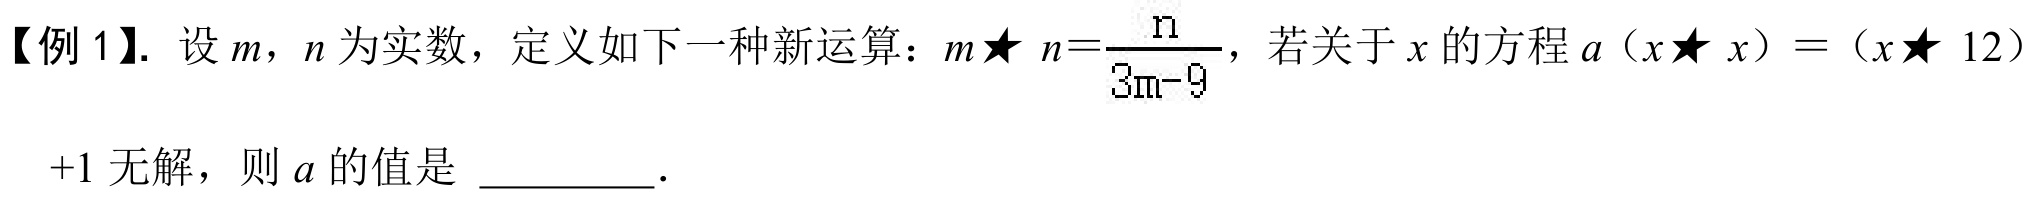
【例1】. 设\(m\)，\(n\)为实数，定义如下一种新运算：\(m★n=\frac{n}{3m - 9}\)，若关于\(x\)的方程\(a(x★x)=(x★12)+1\)无解，则\(a\)的值是 ________.